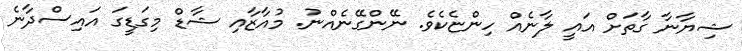
ޝިޔާނާ ގާތަށް އައީ ލާނެއް ހިންޏެކެވެ. ނޭންގޭނެއްނު. މުއާޒާއި ޝާޑް މިގަޑީގަ އައިސްދާނެ